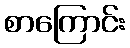
စာကြောင်း